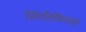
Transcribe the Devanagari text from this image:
सिंपलिकियानो